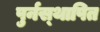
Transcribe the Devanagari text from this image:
पुर्नस्‍थापित